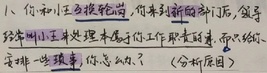
1. 你和小王轮换轮岗，你来新的部门后，领导经常叫小王来处理本属于你工作职责的事，而只给你安排一些琐事，你怎么办？（分析原因）